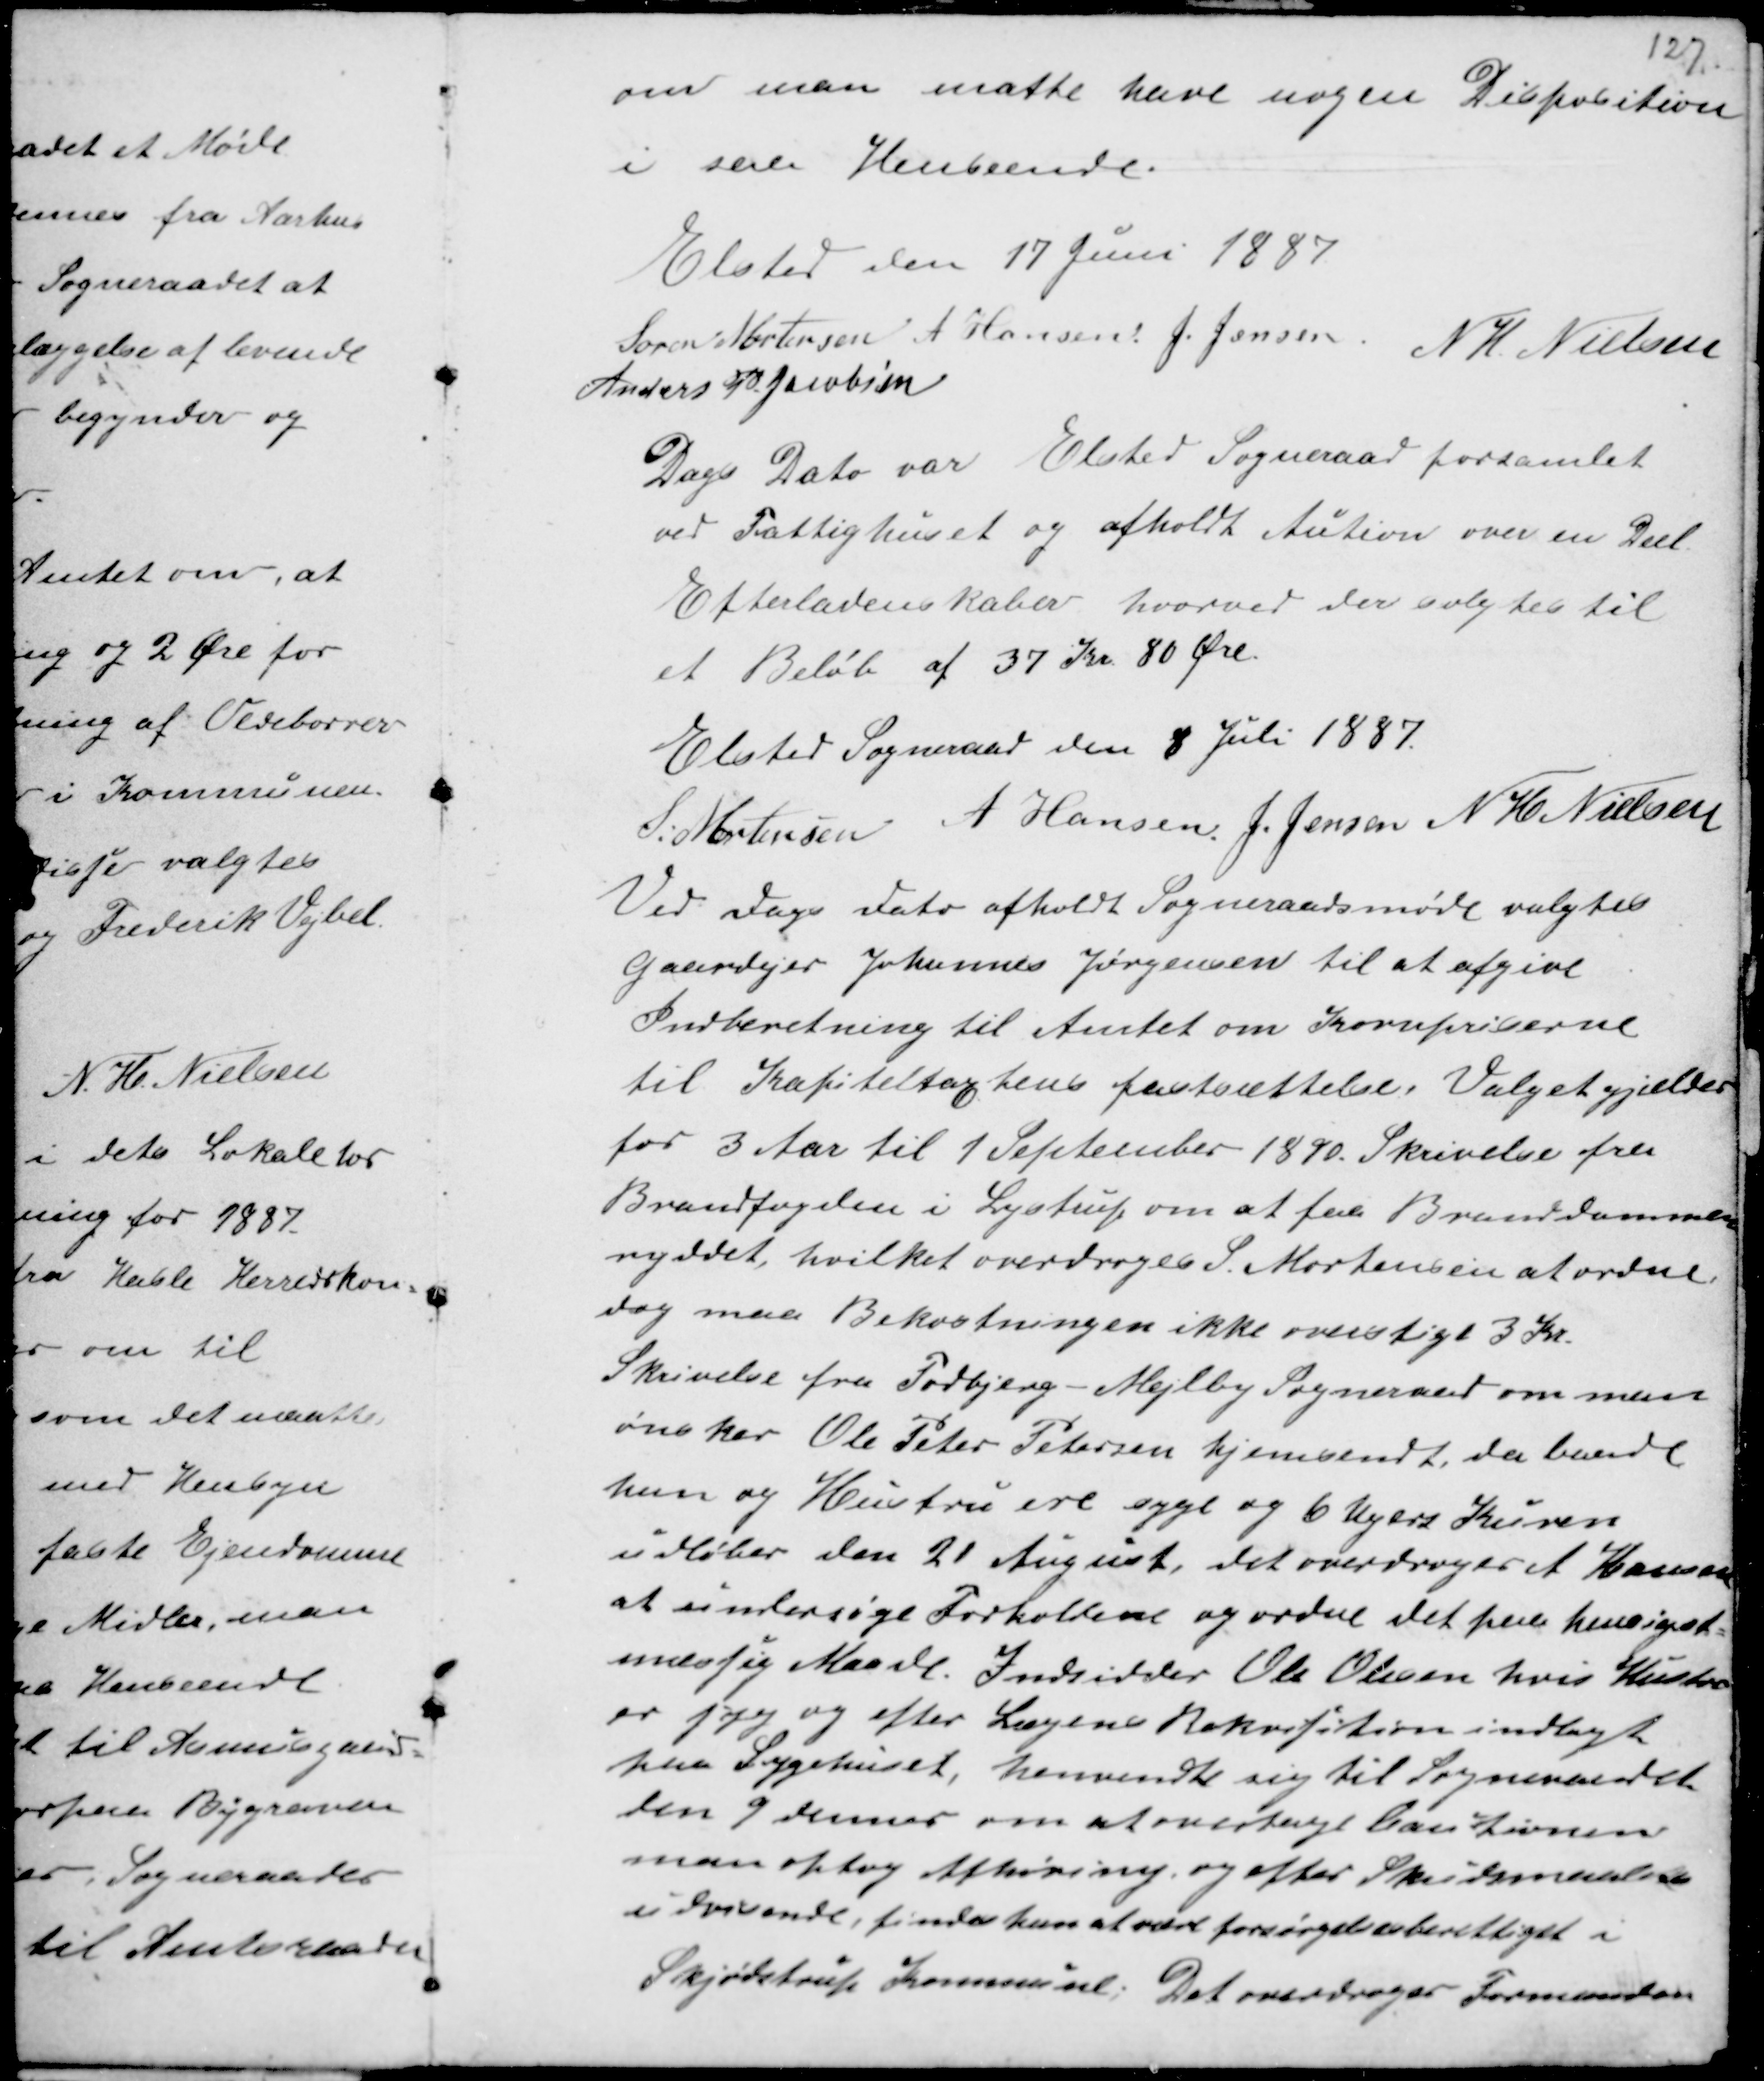
Transskription:
om man matte have nogen Disposition
i saa Henseende.

Elsted den 17 Juni 1887
Søren Mortensen A Hansen J. Jensen N H. Nielsen
Anders P. Jacobsen

Dags Dato var Elsted Sogneraad forsamlet
ved Fattighuset og afholdt Aution over en Deel
Efterladenskaber hvorved der valgtes til
et Beløb af 37 Kr. 80 Øre.

Elsted Sogneraad den 8 Juli 1887
S Mortensen A Hansen J. Jensen N H Nielsen

Ved dags dato afholdte Sogneraadsmøde valgtes
Gaardejer Johannes Jørgensen til at afgive
Indberetning til Amtet om Kornpriserne
til Kapiteltaxtens fastsættelse, Valget gjælder
for 3 Aar til 1 September 1890. Skrivelse fra
Brandfogeden i Lystrup om at faa Branddammen
ryddet hvilket overdroges S. Mortensen at ordne,
dog maa Bekostningen ikke overstige 3 Kr.
Skrivelse fra Todbjerg - Mejlby Sogneraad om man
ønsker Ole Peter Petersen hjemsendt da baade
han og Hustru ere syge og 6 Ugers Kuren
udløber den 21 August, det overdroges Hansen
at undersøge Forholdene og ordne det paa Hensigst-
mæssig Maade. Indsidder Ole Olesen hvis Hustru
er syg og efter Lægens Rekvisition indlagt
paa Sygehuset, henvendte sig til Sogneraadet
den 9 dennes om at overtage Cautionen
man optog Afhøring og efter Skudsmaalenes
udvisende, findes hun at være forsørgelsesberettiget i
Skjødstrup Kommune. Det overdrages Formanden